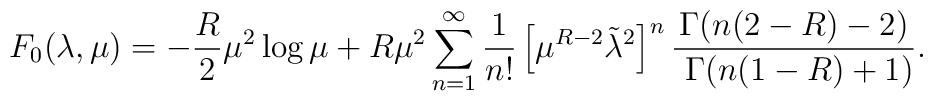
F_0(\lambda,\mu)=-{R\over2}\mu^2\log\mu+R\mu^2\sum_{n=1}^\infty{1\over n!}\left[\mu^{R-2}\tilde\lambda^2\right]^n{\Gamma(n(2-R)-2)\over \ \Gamma(n(1-R)+1)}.